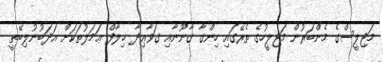
މަޖިލީސްގެ މެންބަރުން މަޖިލީހުގެ ތެރޭގައި ހިންގާ ގާނޫނާއި ގަވާޢިދާ ޚިލާފް ޢަމަލުތަކަށް އަދަބުނުލިބޭތީ